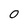
Character: 0